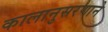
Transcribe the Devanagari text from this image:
कालानुसरणाने